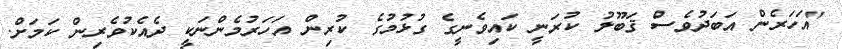
"އަހަރެން އަބަދުވެސް ޤަބޫލު ކުރަނީ ކައިވެނީގެ ގުޅުމުގެ ކުރިން އަހަރުމެންނަކީ ދެއެކުވެރިން ކަމަށް.